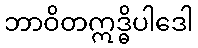
ဘာဝိတဣဒ္ဓိပါဒေါ